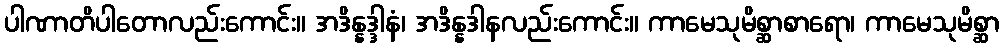
ပါဏာတိပါတောလည်းကောင်း။ အဒိန္နဒ္ဒါနံ၊ အဒိန္နဒါနလည်းကောင်း။ ကာမေသုမိစ္ဆာစာရော၊ ကာမေသုမိစ္ဆာ